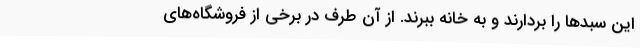
این سبدها را بردارند و به خانه ببرند. از آن طرف در برخی از فروشگاه‌های